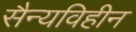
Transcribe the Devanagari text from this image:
सैन्यविहीन